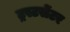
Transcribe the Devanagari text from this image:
ट्रस्टसेंटर